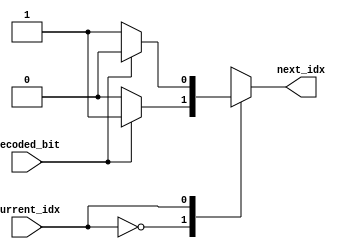
module next_idx(
    input decoded_bit,
    input current_idx,
    output reg next_idx
);

always @*
begin
case (current_idx)
    0: next_idx = (decoded_bit)? 1:0 ;
    1: next_idx = (decoded_bit)? 2:3 ; 
    2: next_idx = (decoded_bit)? 5:4 ;
    3: next_idx = (decoded_bit)? 6:7 ;
    4: next_idx = (decoded_bit)? 0:1 ;
    5: next_idx = (decoded_bit)? 3:2 ;
    6: next_idx = (decoded_bit)? 4:5 ;
    7: next_idx = (decoded_bit)? 7:6 ; 

endcase
end

endmodule